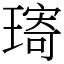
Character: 𤨥